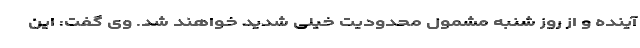
آینده و از روز شنبه مشمول محدودیت خیلی شدید خواهند شد. وی گفت: این